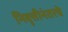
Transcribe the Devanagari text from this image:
निवृत्तीनंतरचे